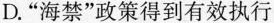
D.“海禁”政策得到有效执行